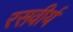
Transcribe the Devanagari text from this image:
रसवीर्य